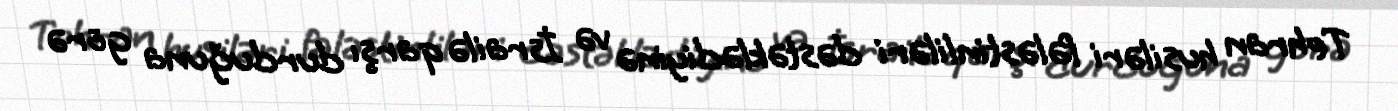
Tehran husiləri fələstinliləri dəstəklədiyinə və İsrailə qarşı durduğuna görə